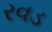
રવડ